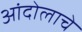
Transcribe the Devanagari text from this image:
आंदोलाचे